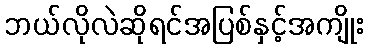
ဘယ်လိုလဲဆိုရင်အပြစ်နှင့်အကျိုး